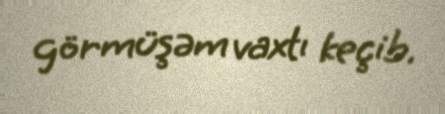
görmüşəm vaxtı keçib.